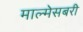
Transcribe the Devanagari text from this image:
माल्मेसबरी